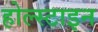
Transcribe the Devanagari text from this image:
होल्स्टाइन